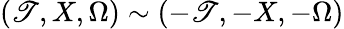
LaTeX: (\mathscr{T},X,\Omega)\sim(-\mathscr{T},-X,-\Omega)